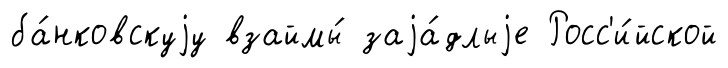
ба́нковскуjу взаймы́ заjа́длыjе Росс'и́йской